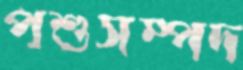
পশুসম্পদ